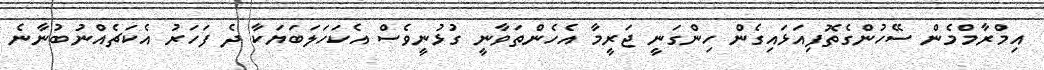
އިމްރާމްމެން ސޭހުންގެތޮފިއަޅައިގެން ހިންގަނީ ޖަރީމާ އެހެންތަވާނީ ގުޅުނީވެސް އެކަހަލަބަޔަކާ ދެ ފަހަރު އެކަޗެއްނުބުނާނެ